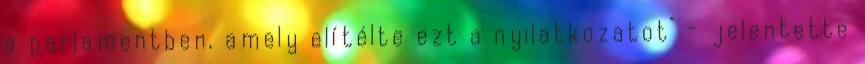
a parlamentben, amely elítélte ezt a nyilatkozatot" - jelentette